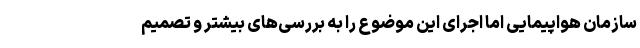
سازمان هواپیمایی اما اجرای این موضوع را به بررسی‌های بیشتر و تصمیم